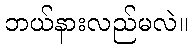
ဘယ်နားလည်မလဲ။